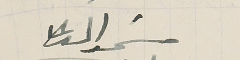
سَمو الدعا